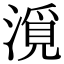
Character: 漞